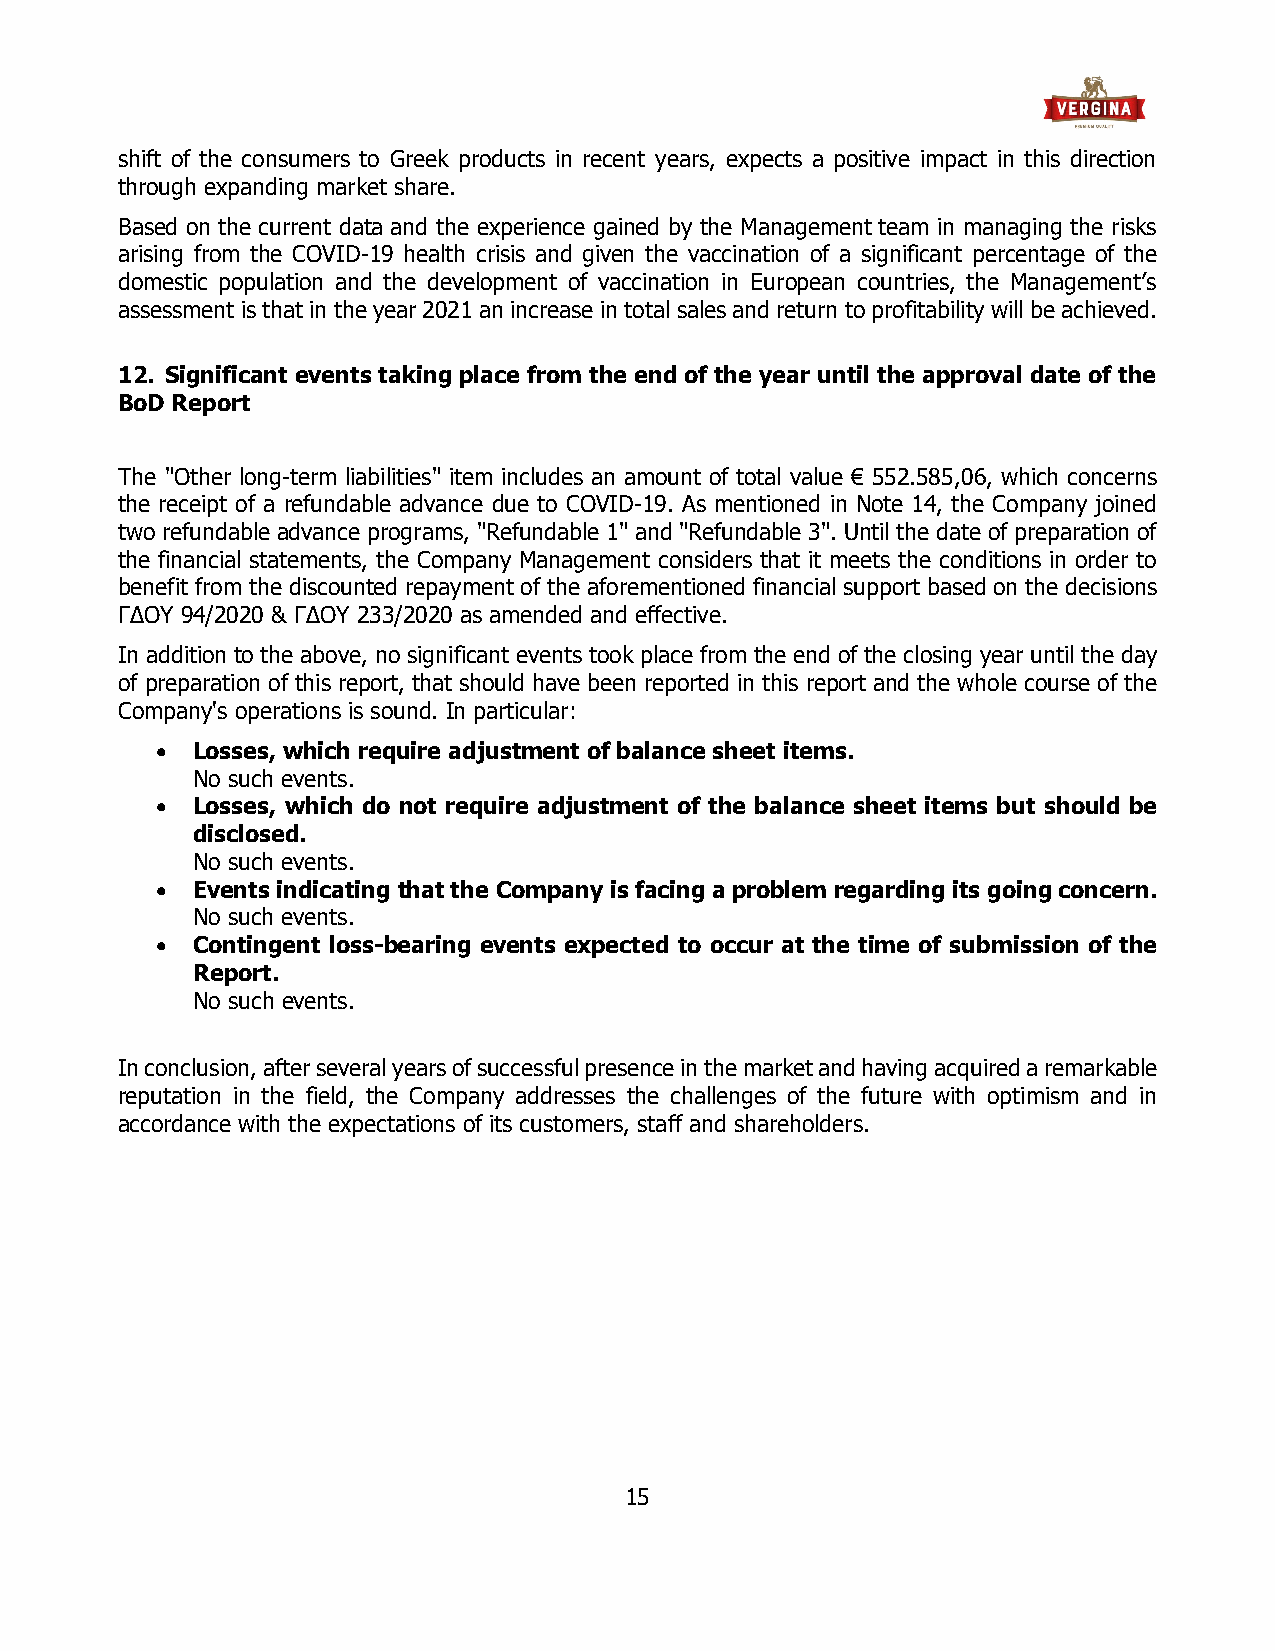
shift of the consumers to Greek products in recent years, expects a positive impact in this direction
 through expanding market share.
 Based on the current data and the experience gained by the Management team in managing the risks
 arising from the COVID-19 health crisis and given the vaccination of a significant percentage of the
 domestic population and the development of vaccination in European countries, the Management’s
 assessment is that in the year 2021 an increase in total sales and return to profitability will be achieved.
 12. Significant events taking place from the end of the year until the approval date of the
 BoD Report
 The "Other long-term liabilities" item includes an amount of total value € 552.585,06, which concerns
 the receipt of a refundable advance due to COVID-19. As mentioned in Note 14, the Company joined
 two refundable advance programs, "Refundable 1" and "Refundable 3". Until the date of preparation of
 the financial statements, the Company Management considers that it meets the conditions in order to
 benefit from the discounted repayment of the aforementioned financial support based on the decisions
 ΓΔΟΥ 94/2020 & ΓΔΟΥ 233/2020 as amended and effective.
 In addition to the above, no significant events took place from the end of the closing year until the day
 of preparation of this report, that should have been reported in this report and the whole course of the
 Company's operations is sound. In particular:
 •  Losses, which require adjustment of balance sheet items.
 No such events.
 •  Losses, which do not require adjustment of the balance sheet items but should be
 disclosed.
 No such events.
 •  Events indicating that the Company is facing a problem regarding its going concern.
 No such events.
 •  Contingent loss-bearing events expected to occur at the time of submission of the
 Report.
 No such events.
 In conclusion, after several years of successful presence in the market and having acquired a remarkable
 reputation in the field, the Company addresses the challenges of the future with optimism and in
 accordance with the expectations of its customers, staff and shareholders.
 15